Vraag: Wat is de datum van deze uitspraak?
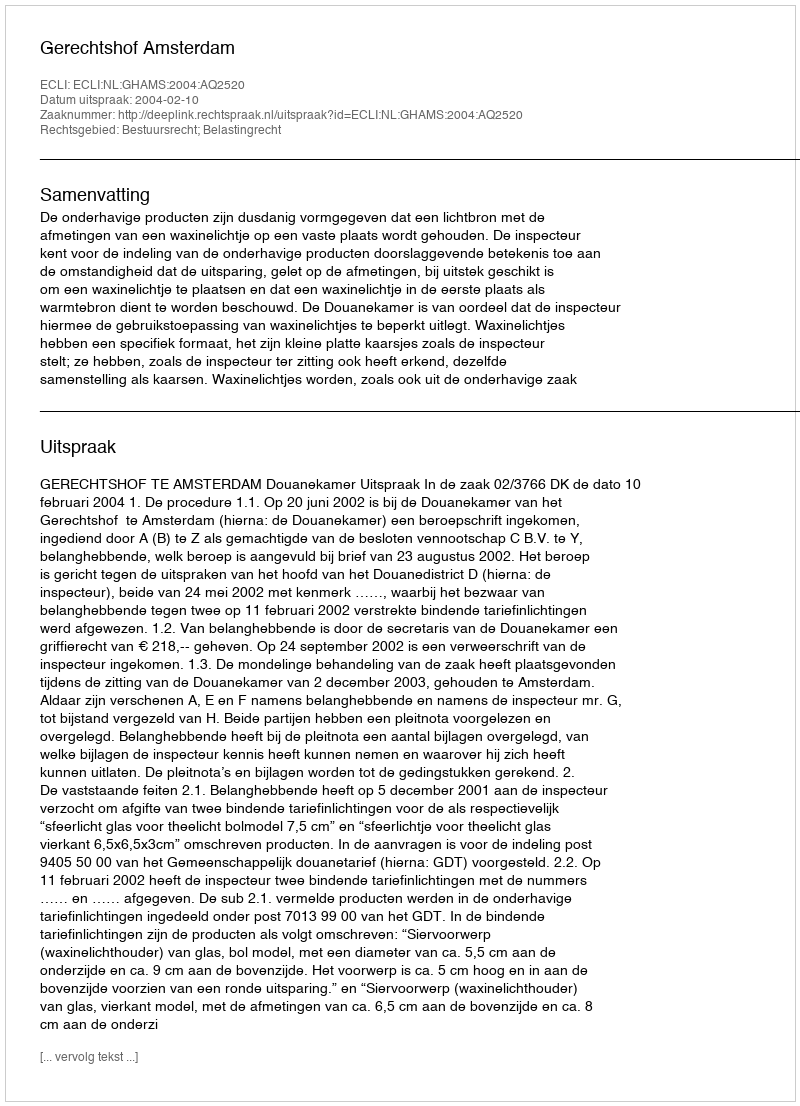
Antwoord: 2004-02-10